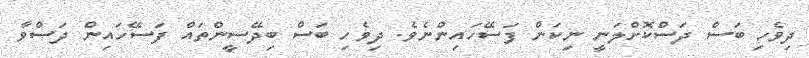
ދިވެހި ބަސް ދަސްކޮށްލަނީ ނިކަން ފަސޭހައިންނެވެ. ދިވެހި ބަސް ބިދޭސީންތައް ފަސޭހައިން ދަސްވާ